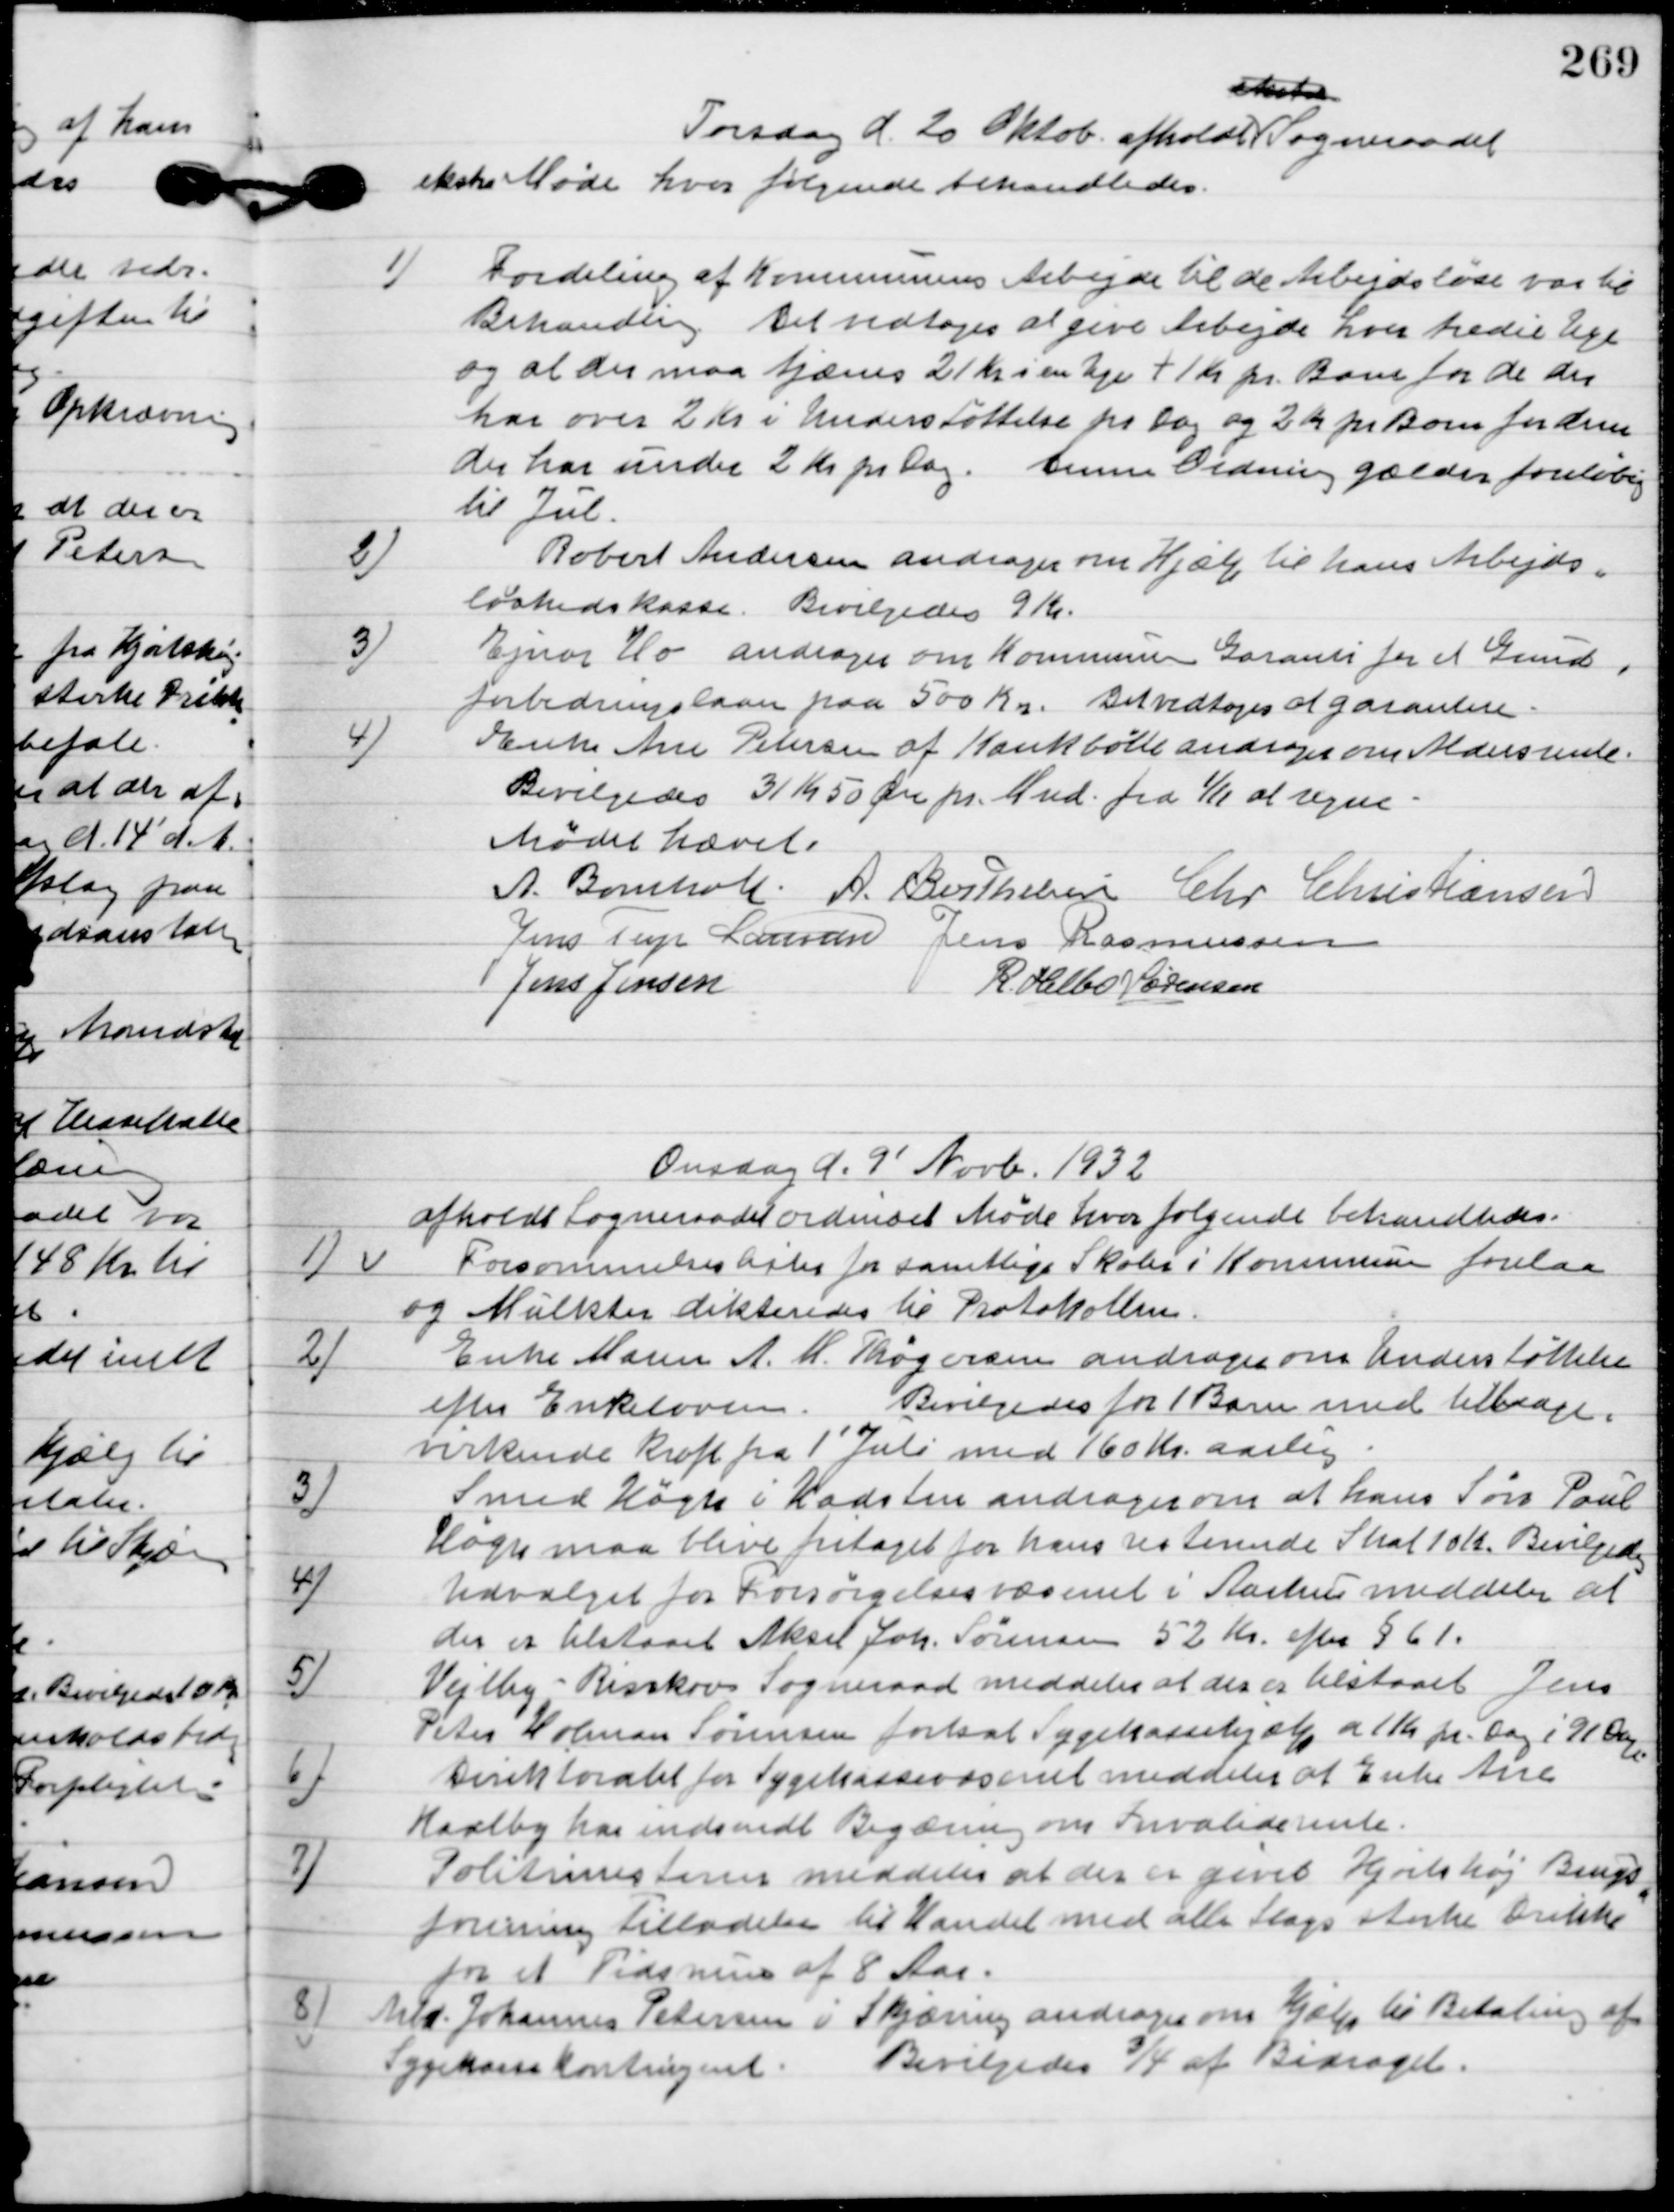
Transskription:
Torsdag d. 20 Oktob. afholdt Sogneraadet
ekstra Møde hvor følgende Sager behandledes.

1

Fordeling af kommunens Arbejde til de Arbejdsløse var til
Behandling.
Det vedtoges at give Arbejde hver tredje uge
og at der maa tjænes 21 Kr. i en Uge + 1 Kr. pr. Barn for de der
har over 2 Kr. i Understøttelse pr. Dag. Og 2 Kr. pr. Barn for dem
der har under 2 Kr. pr. Dag. Denne Ordning gælder foreløbig
til Jul.

2

Robert Andersen andrager om Hjælp til hans Arbejds-
løshedskasse.
Bevilgedes 9 Kr.

3

Ejnar Ho andrager om Kommune Garanti for et Grund-
forbedringslaan paa 500 Kr.
Det vedtoges at garantere.

4

Enke Ane Petersen af Krankbølle andrager om aldersrente.
Bevilgedes 31 Kr. 50 Øre pr. Mnd. Fra 1/11 at regne.

Mødet hævet.

A. Bomholt
A. Berthelsen
Chr. Christiansen
Jens Terp Laursen
Jens Rasmussen
Jens Jensen
R. Helbo Sørensen

Onsdag d. 9´ Novb. 1932
afholdt Sogneraadet ordinært Møde hvor følgende Sager behandledes.

1

Forsømmelseslister for samtlige Skoler i Kommunen forelaa
og Mulkter dikteredes til Protokollen.

2.

Enke Maren A. M. Thøgersen andrager om Understøttelse
efter Enkeloven.
Bevilgedes for 1 Barn med tilbage-
virkende kraft fra 1´Juli med 160 Kr. aarlig.

3

Smed Høgh i Hadsten andrager om at hans Søn Poul 
Høgh maa blive fritaget for hans resterende Skat 10 Kr.
Bevilgedes.

4.

Udvalget for Forsørgelsesvæsenet i Aarhus meddeler at
der er tilstaaaet Aksel Joh. Sørensen 52 Kr. efter § 61.

5.

Vejlby-Risskov Sogneraad meddeler at der er tilstaaet Jens
Peter Holman Sørensen forsat Sygekassehjælp at 1 kr. pr. Dag i 91 Dage.

6

Direktoratet for Sygekassevæsenet meddeler at Enke Ane
Kaalby har indsendt Begæring om Invalide rente.

7

Politimesteren meddeler at der er givet Hjortshøj Brugs-
forening tilladelse til Handel med alle stærke Drikke
for et Tidsrum af 8 Aar.

8

Arbm. Johannes Petersen i Skjæring andrager om Hjælp til Betaling af
Sygekasse kontingent.
Bevilgedes ¾ af bidraget.